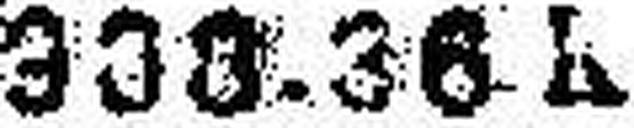
333.36 L